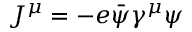
{ \cal J } ^ { \mu } = - e \bar { \psi } \gamma ^ { \mu } \psi